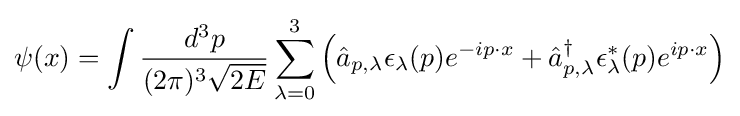
\psi (x)=\int {{\frac {d^{3}p}{(2\pi )^{3}{\sqrt {2E}}}}\sum _{\lambda =0}^{3}\left({\hat {a}}_{p,\lambda }\epsilon _{\lambda }(p)e^{-ip\cdot x}+{\hat {a}}_{p,\lambda }^{\dagger }\epsilon _{\lambda }^{*}(p)e^{ip\cdot x}\right)}